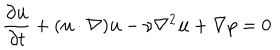
\frac { \partial { \bf u } } { \partial t } + ( { \bf u } \cdot \nabla ) { \bf u } - \nu \nabla ^ { 2 } { \bf u } + \nabla p = 0